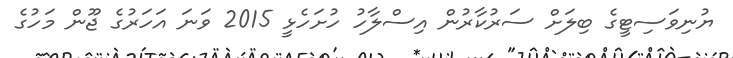
ޔުނިވަސިޓީގެ ބިލަށް ސަރުކާރުން އިސްލާހު ހުށަހެޅީ 2015 ވަަނަ އަހަރުގެ ޖޫން މަހުގެ